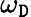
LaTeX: \omega_{\mathtt{D}}